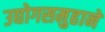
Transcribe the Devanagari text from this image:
उद्योगसमुहाने